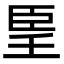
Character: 𦣠